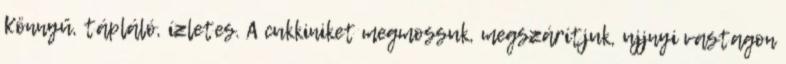
Könnyű, tápláló, ízletes. A cukkiniket megmossuk, megszárítjuk, ujjnyi vastagon